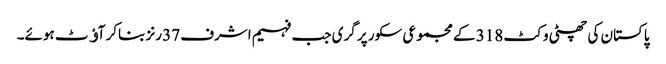
پاکستان کی چھٹی وکٹ 318 کے مجموعی سکور پر گری جب فہیم اشرف 37 رنز بناکر آﺅٹ ہوئے۔